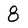
Character: 8